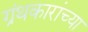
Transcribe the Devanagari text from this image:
ग्रंथकारांच्या